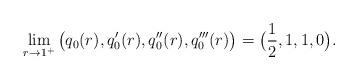
LaTeX: \begin{align*} \lim_{r \to 1^+} \big(q_0(r), q_0'(r), q_0''(r), q_0'''(r)\big) = \big(\frac 12, 1, 1, 0\big).\end{align*}